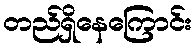
တည်ရှိနေကြောင်း